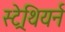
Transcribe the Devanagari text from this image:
स्ट्रेथियर्न